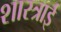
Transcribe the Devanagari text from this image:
शास्त्राई